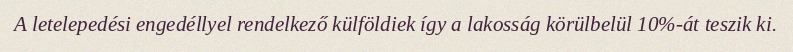
A letelepedési engedéllyel rendelkező külföldiek így a lakosság körülbelül 10%-át teszik ki.